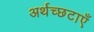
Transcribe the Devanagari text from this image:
अर्थच्छटाएँ